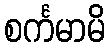
စင်္ကမာမိ